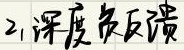
2. 深度负反馈